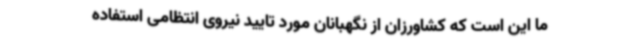
ما این است که کشاورزان از نگهبانان مورد تایید نیروی انتظامی استفاده